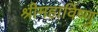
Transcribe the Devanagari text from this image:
श्रीमहाविष्णु